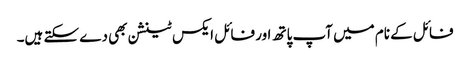
فائل کے نام میں آپ پاتھ اور فائل ایکس ٹینشن بھی دے سکتے ہیں۔